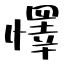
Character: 懌